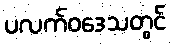
ပလက်ဝဒေသတွင်